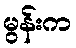
မွန်းက